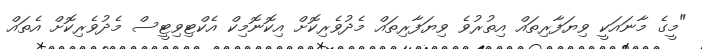
"މީގެ މާނައަކީ ވިޔަފާރިތައް އިތުރުވެ ވިޔަފާރިތައް މެދުވެރިކޮށް އިކޮނޮމިކް އެކްޓިވިޓީސް މެދުވެރިކޮށް އެތައް